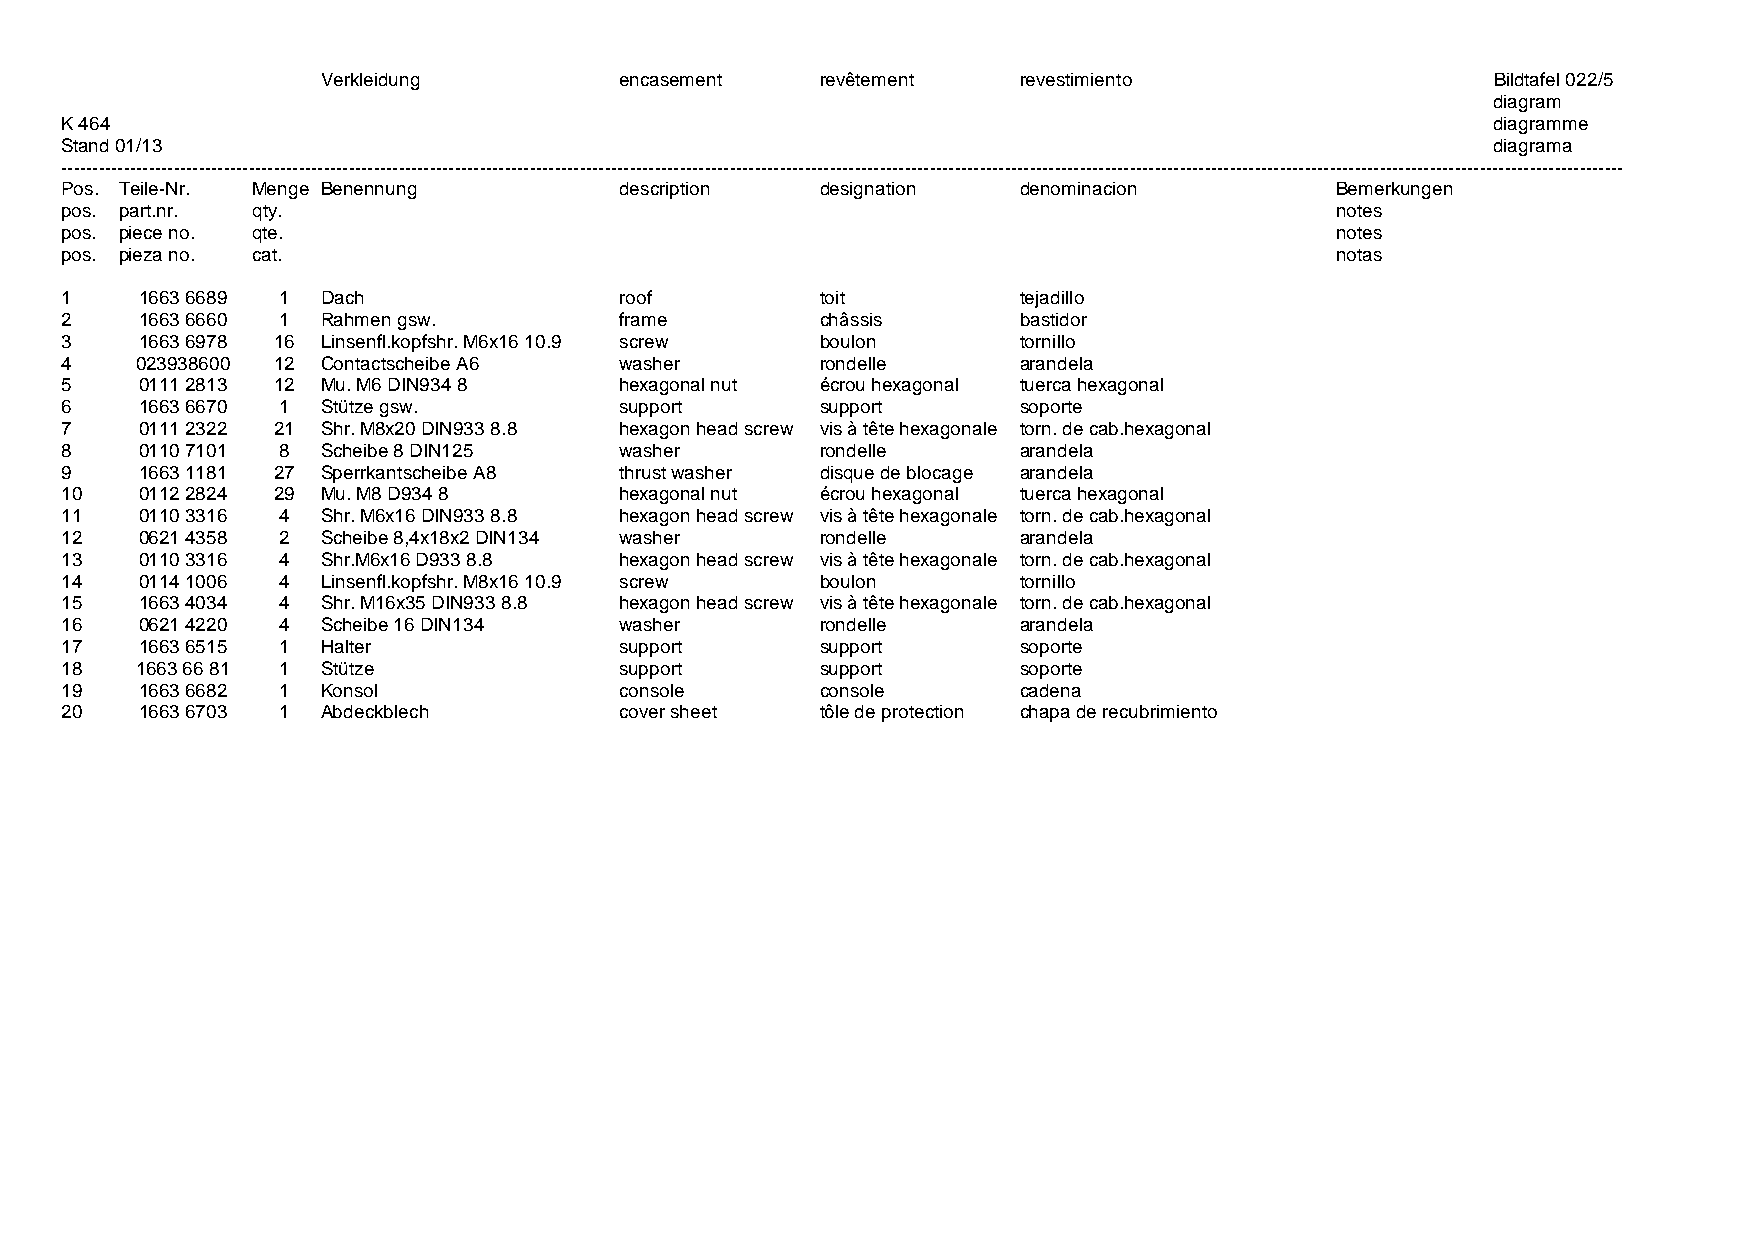
Verkleidung         encasement   revêtement   revestimiento                   Bildtafel 022/5
 diagram
 K 464                                                                                          diagramme
 Stand 01/13                                                                                    diagrama
 ----------------------------------------------------------------------------------------------------------------------------------------------------------------------------------------------------------------------------------------------------------
 Pos. Teile-Nr. Menge Benennung       description  designation  denominacion         Bemerkungen
 pos. part.nr. qty.                                                                  notes
 pos. piece no. qte.                                                                 notes
 pos. pieza no. cat.                                                                 notas
 1    1663 6689 1 Dach                roof         toit         tejadillo
 2    1663 6660 1 Rahmen gsw.         frame        châssis      bastidor
 3    1663 6978 16 Linsenfl.kopfshr. M6x16 10.9 screw boulon    tornillo
 4    023938600 12 Contactscheibe A6  washer       rondelle     arandela
 5    0111 2813 12 Mu. M6 DIN934 8    hexagonal nut écrou hexagonal tuerca hexagonal
 6    1663 6670 1 Stütze gsw.         support      support      soporte
 7    0111 2322 21 Shr. M8x20 DIN933 8.8 hexagon head screw vis à tête hexagonale torn. de cab.hexagonal
 8    0110 7101 8 Scheibe 8 DIN125    washer       rondelle     arandela
 9    1663 1181 27 Sperrkantscheibe A8 thrust washer disque de blocage arandela
 10   0112 2824 29 Mu. M8 D934 8      hexagonal nut écrou hexagonal tuerca hexagonal
 11   0110 3316 4 Shr. M6x16 DIN933 8.8 hexagon head screw vis à tête hexagonale torn. de cab.hexagonal
 12   0621 4358 2 Scheibe 8,4x18x2 DIN134 washer   rondelle     arandela
 13   0110 3316 4 Shr.M6x16 D933 8.8  hexagon head screw vis à tête hexagonale torn. de cab.hexagonal
 14   0114 1006 4 Linsenfl.kopfshr. M8x16 10.9 screw boulon     tornillo
 15   1663 4034 4 Shr. M16x35 DIN933 8.8 hexagon head screw vis à tête hexagonale torn. de cab.hexagonal
 16   0621 4220 4 Scheibe 16 DIN134   washer       rondelle     arandela
 17   1663 6515 1 Halter              support      support      soporte
 18   1663 66 81 1 Stütze             support      support      soporte
 19   1663 6682 1 Konsol              console      console      cadena
 20   1663 6703 1 Abdeckblech         cover sheet  tôle de protection chapa de recubrimiento